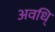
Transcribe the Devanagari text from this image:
अवधि्